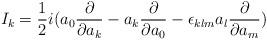
LaTeX: \begin{align*}I_k= \frac{1}{2} i( a_0 \frac{\partial}{\partial a_k} - a_k \frac{\partial}{\partial a_0} -\epsilon_{klm} a_l \frac{\partial}{\partial a_m})\end{align*}